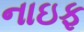
નાઇફ